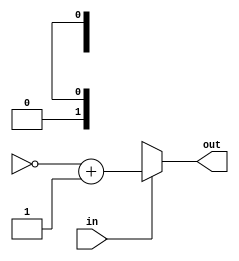
module abs(
    input [(WIDTH-1):0] in,
    output wire [(WIDTH-2):0] out);

   parameter WIDTH = 1;

   wire negative;
   assign negative = in[WIDTH-1];

   wire [(WIDTH-2):0] m_in;
   assign m_in = (~in[(WIDTH-2):0]) + {{(WIDTH-2){1'b0}},1'b1};
   
   assign out = negative ?
                m_in :
                in[(WIDTH-2):0];
endmodule